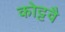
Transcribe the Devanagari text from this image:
कोट्टवै